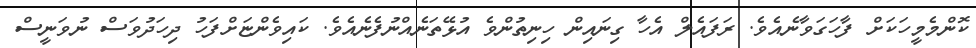
ކޮންމެމީހަކަށް ފާހަގަވާނެއެވެ. ރަފައެލް އެހާ ގިނައިން ހިނިތުންވެ އުޅޭތަނެއްނުފެނެއެވެ. ކައިވެންޏަށްފަހު ދިހަދުވަސް ނުވަނީސް